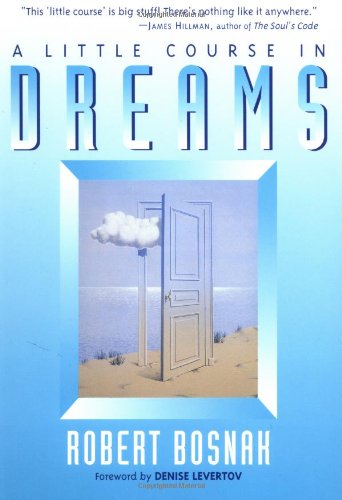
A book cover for A Little Course in Dreams; Robert Bosnak; Self-Help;